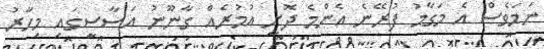
ނަމަވެސް އެ މަގާމު ފުރޭނެ އެންމެ ދޮށީ އުމުރެއް ގާނޫނު އަސާސީގައި މިހާރު